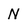
Character: N